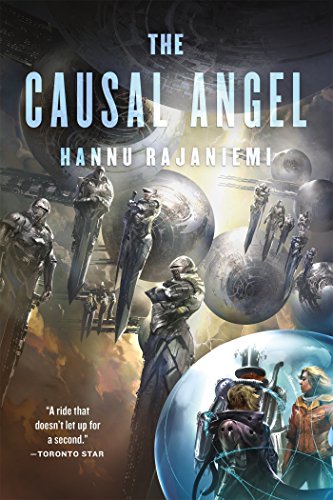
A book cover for The Causal Angel (Jean le Flambeur); Hannu Rajaniemi; Science Fiction & Fantasy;